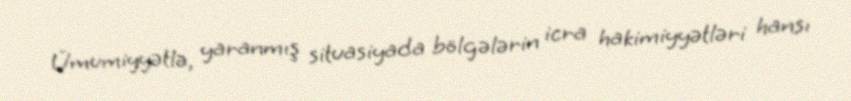
Ümumiyyətlə, yaranmış situasiyada bölgələrin icra hakimiyyətləri hansı